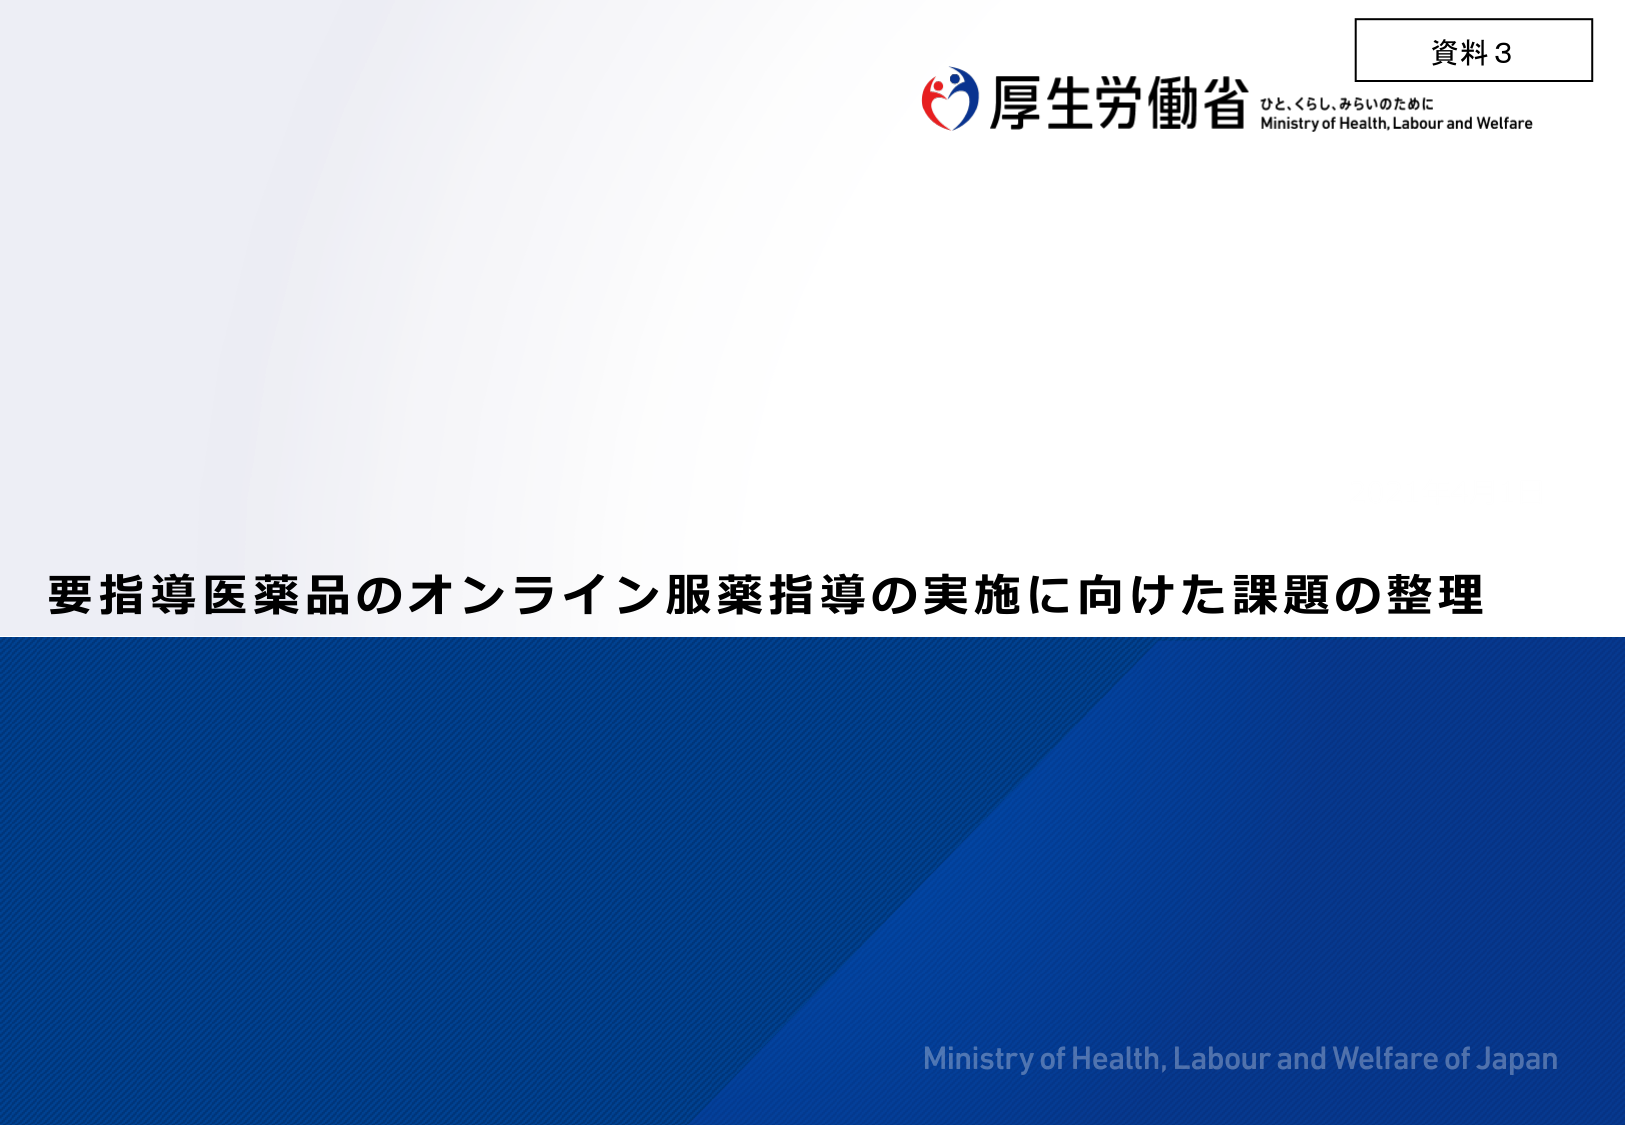
資料３
厚生労働省
ひと、くらし、みらいのために
Ministry of Health, Labour and Welfare
要指導医薬品のオンライン服薬指導の実施に向けた課題の整理
Ministry of Health, Labour and Welfare of Japan